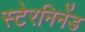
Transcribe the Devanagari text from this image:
स्टेरनिनेंड